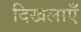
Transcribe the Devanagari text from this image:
दिखलाएँ